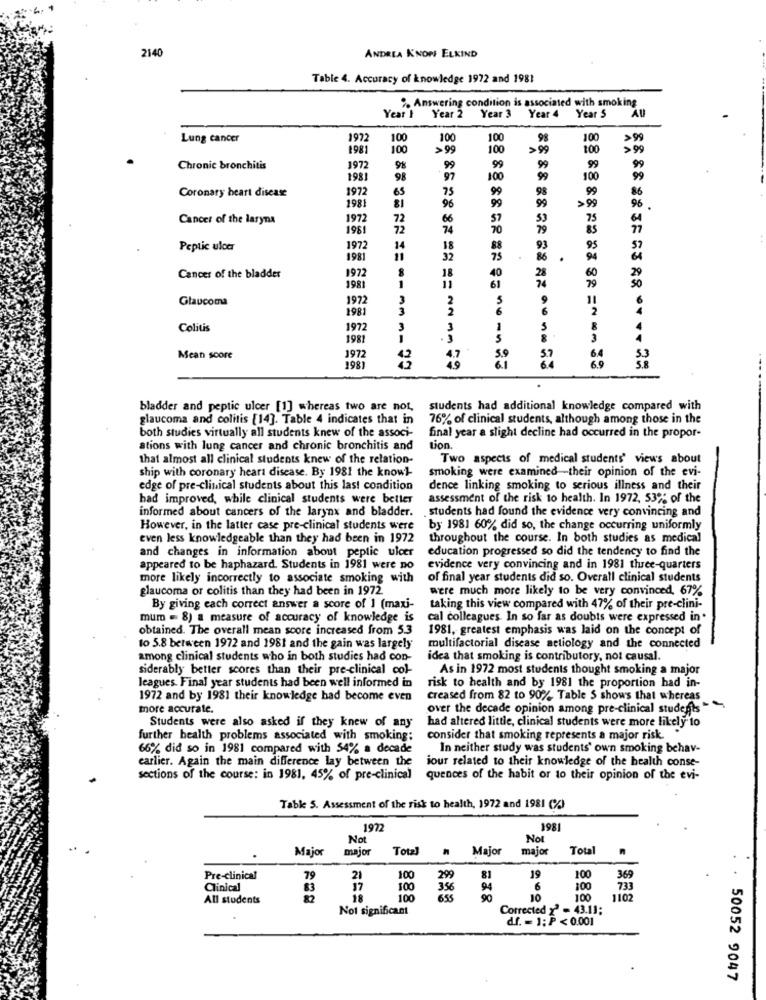
2140
ANDREA KNOPF ELKIND
Table 4. Accuracy of knowledge 1972 and 1981
Answering condition is associated with smoking
Year 4
AU
Year's
Year 2
Year 3
Year S
Lung cancer
1972
100
100
100
98
100
198
100
>99
100
>99
100
>99
99
Chronic bronchitis
1972
98
99
99
99
99
1981
98
97
100
99
100
99
1972
65
75
99
99
86
Coronary heart disease
1981
99
98
99
>99
81
96
96
Cancer of the laryna
1972
72
66
57
53
75
1981
72
74
70
79
85
77
Peptic ulcer
1972
14
18
88
93
95
57
1981
11
32
75
86
.
94
18
40
60
Cancer of the bladder
1972
1
1981
11
61
74
Glaucoma
1972
3
11
1981
3
no
6
2
Colitis
1972
3
3
1
5
8
1981
5
8
3
Mean score
197
S.S
6.1
60
198
bladder and peptic ulcer [1] whereas two are not
students had additional knowledge compared with
glaucoma and colitis [14]. Table 4 indicates that in
76% of clinical students, although among those in the
both studies virtually all students knew of the associ-
final year a slight decline had occurred in the propor-
ations with lung cancer and chronic bronchitis and
tion.
that almost all clinical students knew of the relation-
Two aspects of medical students' views about
ship with coronary heart disease. By 1981 the knowl-
smoking were examined their opinion of the evi-
edge of pre-clinical students about this last condition
dence linking smoking to serious illness and their
had improved, while clinical students were better
assessment of the risk to health. In 1972, 53% of the
informed about cancers of the larynx and bladder.
.students had found the evidence very convincing and
However, in the latter case pre-clinical students were
by 1981 60% did so, the change occurring uniformly
even less knowledgeable than they had been in 1972
throughout the course. In both studies as medical
and changes in information about peptic ulcer
education progressed so did the tendency to find the
appeared to be haphazard. Students in 1981 were no
evidence very convincing and in 1981 three-quarters
more likely incorrectly to associate smoking with
of final year students did so. Overall clinical students
glaucoma or colitis than they had been in 1972.
were much more likely to be very convinced, 67%
By giving each correct answer a score of 1 (maxi-
taking this view compared with 47% of their pre-clini-
mum - 8) a measure of accuracy of knowledge is
cal colleagues In so far as doubts were expressed in.
obtained. The overall mean score increased from 5.3
1981, greatest emphasis was laid on the concept of
to 5.8 between 1972 and 1981 and the gain was largely
multifactorial disease aetiology and the connected
among clinical students who in both studies had con-
idea that smoking is contributory, not causal.
siderably better scores than their pre-clinical col-
As in 1972 most students thought smoking a major
leagues. Final year students had been well informed in
risk to health and by 1981 the proportion had in-
1972 and by 1981 their knowledge had become even
creased from 82 to 90% Table S shows that whereas
more accurate.
over the decade opinion among pre-clinical students"
Students were also asked if they knew of any
had altered little, clinical students were more likely to
further health problems associated with smoking;
consider that smoking represents a major risk. .
66% did so in 1981 compared with 54% a decade
In neither study was students' own smoking behav-
earlier. Again the main difference lay between the
jour related to their knowledge of the health conse-
sections of the course: in 1981, 45% of pre-clinical
quences of the habit or to their opinion of the evi-
Table 5. Assessment of the risk to health, 1972 and 1981 (%)
1972
1981
Not
Not
Major
major
Total
Major
major
Total
Pre-clinical
79
21
100
299
81
19
100
369
Clinical
83
17
100
356
94
6
100
733
All students
82
100
655
10
100
1102
Not significant
Corrected z = 43.11;
df. = 1; P < 0.001
. . 50052 9047